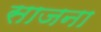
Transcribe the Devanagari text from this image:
साजना